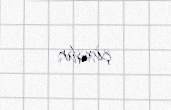
çoxdur.